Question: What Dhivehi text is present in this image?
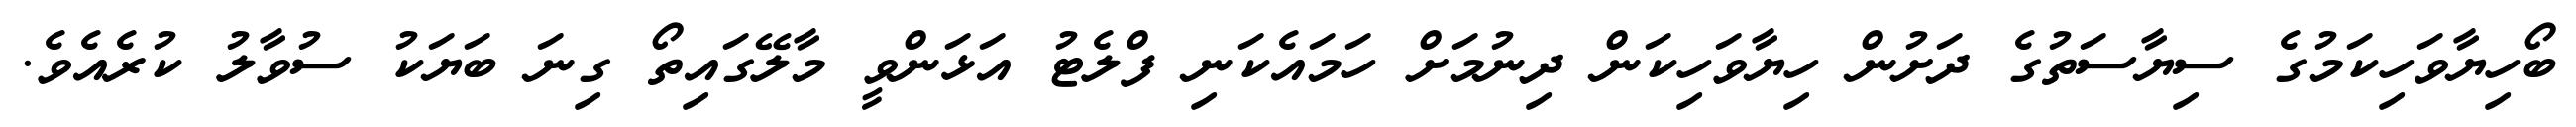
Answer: ބޯހިޔާވަހިކަމުގެ ސިޔާސަތުގެ ދަށުން ހިޔާވަހިކަން ދިނުމަށް ހަމައެކަނި ފްލެޓު އަޅަންވީ މާލޭގައިތޯ ގިނަ ބަޔަކު ސުވާލު ކުރެއެވެ.